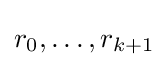
r_{0},\ldots ,r_{k+1}